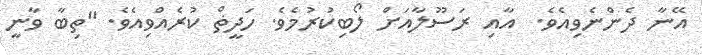
އޭނާ ދެންނެވިއެވެ.  އާއި ރަސޫލާއަށް ލޯބިކުރުމެވެ. ހަދީޡް ކުރެއްވިއެެވެ. "ތިބާ ވާނީ